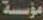
مؤسسة